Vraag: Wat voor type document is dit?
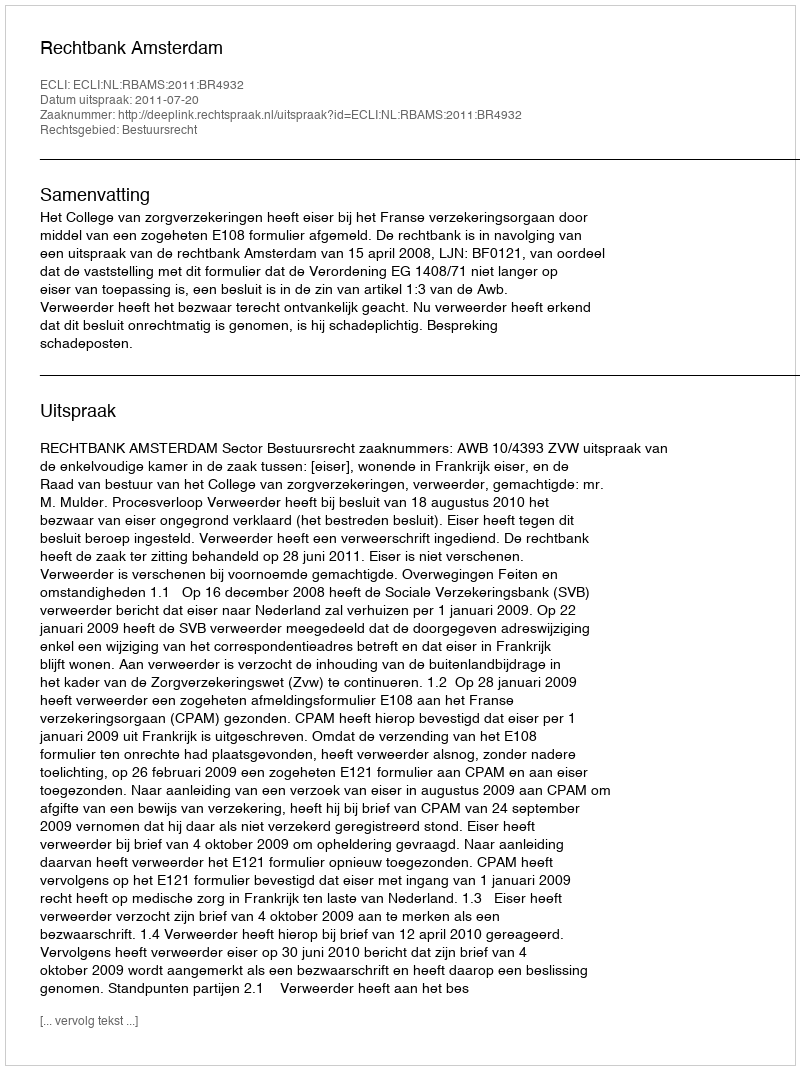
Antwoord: Uitspraak